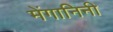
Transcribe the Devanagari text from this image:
मेंगानिनी